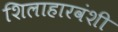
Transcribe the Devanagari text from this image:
शिलाहारवंशी